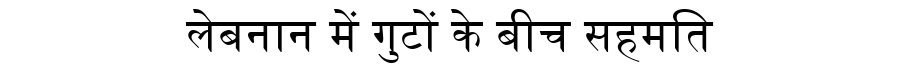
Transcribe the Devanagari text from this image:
लेबनान में गुटों के बीच सहमति